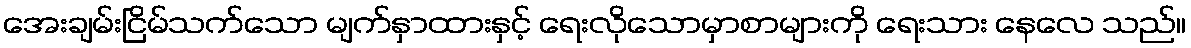
အေးချမ်းငြိမ်သက်သော မျက်နှာထားနှင့် ရေးလိုသောမှာစာများကို ရေးသား နေလေ သည်။